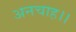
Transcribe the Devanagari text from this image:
अनचाह।।